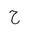
Letter: _ha